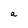
Character: a